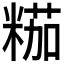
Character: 𱹐